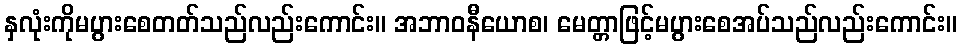
နှလုံးကိုမပွားစေတတ်သည်လည်းကောင်း။ အဘာဝနီယောစ၊ မေတ္တာဖြင့်မပွားစေအပ်သည်လည်းကောင်း။